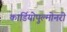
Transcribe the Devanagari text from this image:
कार्डियोपुल्मोनरी